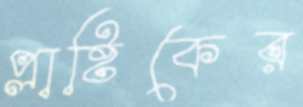
প্লাষ্টিকের